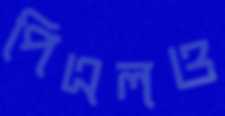
পিএলও